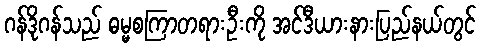
ဂန်ဒိုဂန်သည် ဓမ္မစကြာတရားဦးကို အင်ဒီယားနားပြည်နယ်တွင်